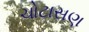
ચોટાસણ